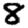
Digit: 8